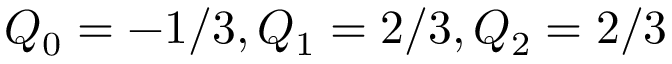
Q _ { 0 } = - 1 / 3 , Q _ { 1 } = 2 / 3 , Q _ { 2 } = 2 / 3